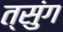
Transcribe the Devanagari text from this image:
त्सुंग